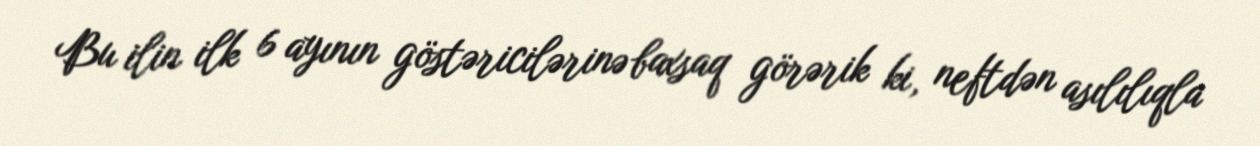
Bu ilin ilk 6 ayının göstəricilərinə baxsaq görərik ki, neftdən asılılıqla